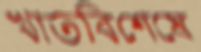
খাতবিশেষে